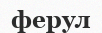
ферул